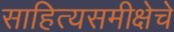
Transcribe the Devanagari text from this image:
साहित्यसमीक्षेचे